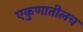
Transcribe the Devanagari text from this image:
एकुणातीलच